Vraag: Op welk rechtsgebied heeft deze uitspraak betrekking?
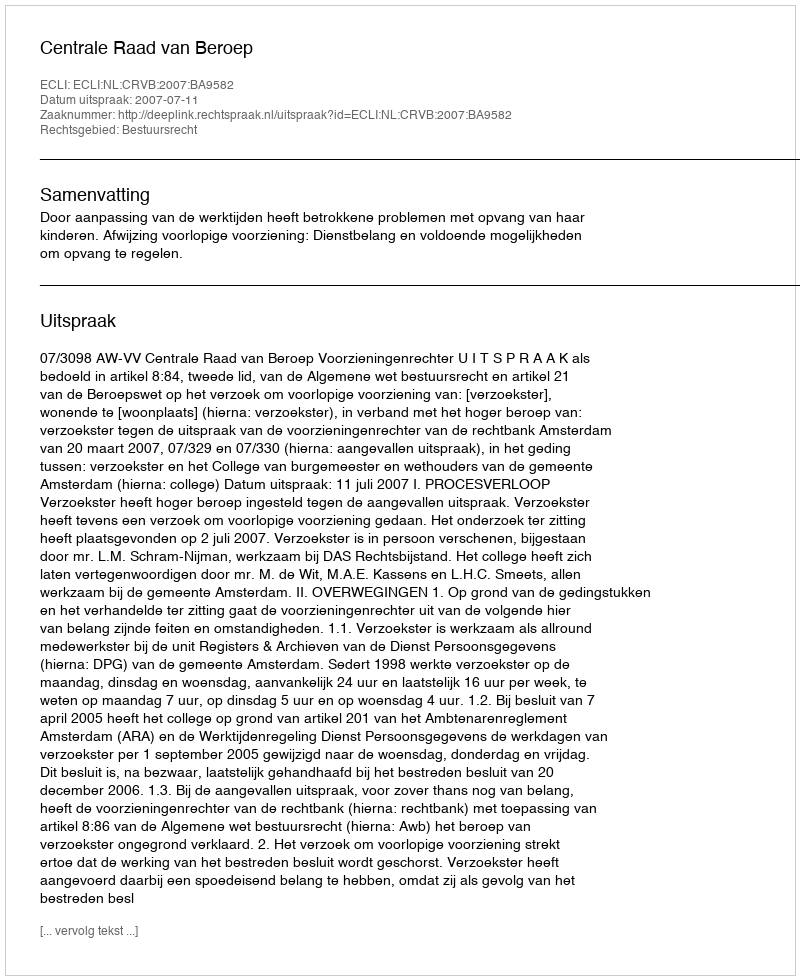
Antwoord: Bestuursrecht